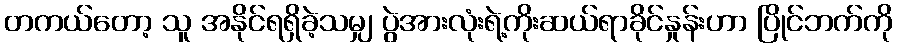
တကယ်တော့ သူ အနိုင်ရရှိခဲ့သမျှ ပွဲအားလုံးရဲ့ကိုးဆယ်ရာခိုင်နှုန်းဟာ ပြိုင်ဘက်ကို